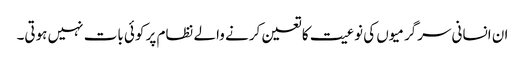
ان انسانی سرگرمیوں کی نوعیت کا تعین کرنے والے نظام پر کوئی بات نہیں ہوتی۔